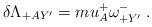
LaTeX: \begin{align*}\delta \Lambda_{+AY'} =m u^+_A \omega^-_{+Y'}\; .\end{align*}